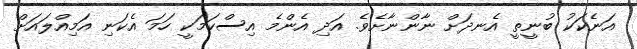
އަނެކަކު ބުނީތީ އެނދަށް ނާންނާށެވެ. އަދި އެންމެ އިސްކަމަކީ ހަމަ އެކަނި އަމިއްލައަށް